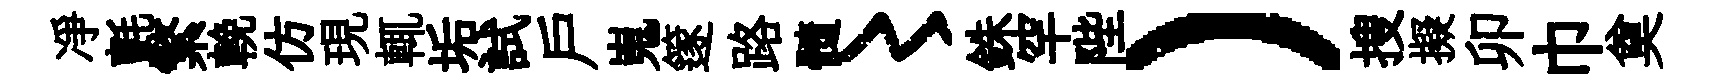
凈氈繁輓仿現輒垢試戶嵬篴路髓〻銖罕陛）搜擬卯巾奠